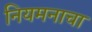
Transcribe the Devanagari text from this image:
नियमनाचा